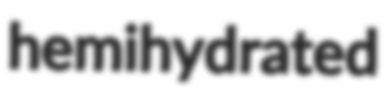
hemihydrated